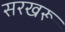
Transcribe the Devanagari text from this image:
सरखरू